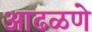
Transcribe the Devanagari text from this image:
आढळणे